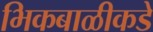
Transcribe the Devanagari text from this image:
भिकबाळीकडे